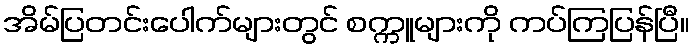
အိမ်ပြတင်းပေါက်များတွင် စက္ကူများကို ကပ်ကြပြန်ပြီ။